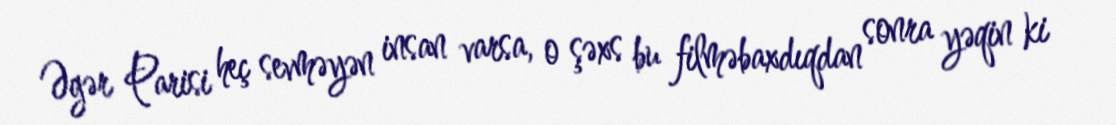
Əgər Parisi heç sevməyən insan varsa, o şəxs bu filməbaxdıqdan sonra yəqin ki